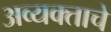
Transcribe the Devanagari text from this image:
अव्यक्ताचे